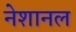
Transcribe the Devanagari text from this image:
नेशानल